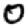
Digit: 0